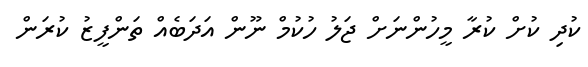
ކުދި ކުށް ކުރާ މީހުންނަށް ޖަލު ހުކުމް ނޫން އަދަބެއް ތަންފީޒު ކުރަން